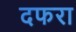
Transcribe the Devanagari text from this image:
दफरा